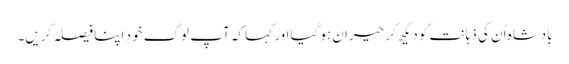
بادشاہ اُن کی ذہانت کو دیکھ کر حیران ہوگیا اور کہا کہ آپ لوگ خود اپنا فیصلہ کریں۔